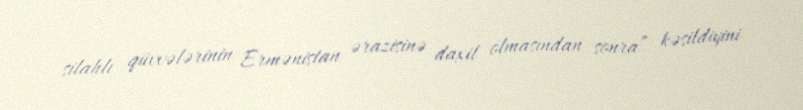
silahlı qüvvələrinin Ermənistan ərazisinə daxil olmasından sonra” kəsildiyini